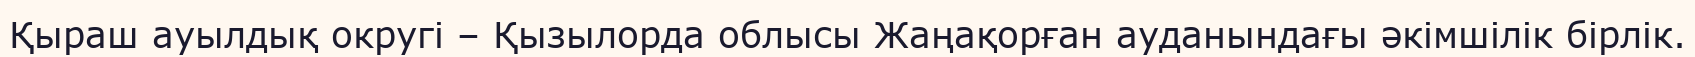
Қыраш ауылдық округі – Қызылорда облысы Жаңақорған ауданындағы әкімшілік бірлік.